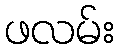
ဖလမ်း